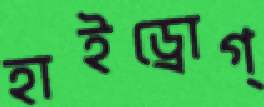
হাইড্রোগ্